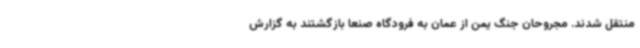
منتقل شدند. مجروحان جنگ یمن از عمان به فرودگاه صنعا بازگشتند به گزارش